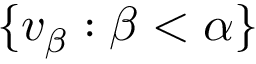
\lbrace v _ { \beta } : \beta < \alpha \rbrace